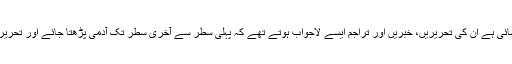
ان سے آج کی نہیں برسوں کی شنا سائی ہے ان کی تحریریں، خبریں اور تراجم ایسے لاجواب ہوتے تھے کہ پہلی سطر سے آخری سطر تک آدمی پڑھتا جائے اور تحریر تاثیر کی آبشار میں نہاتا چلا جائے۔